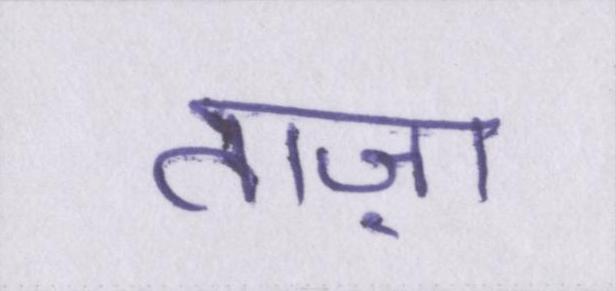
ताज़ा